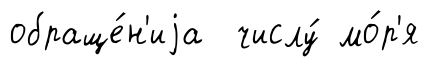
обраще́н'иjа числу́ мо́р'я